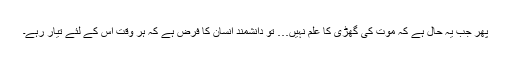
پھر جب یہ حال ہے کہ موت کی گھڑی کا علم نہیں… تو دانشمند انسان کا فرض ہے کہ ہر وقت اس کے لئے تیار رہے۔